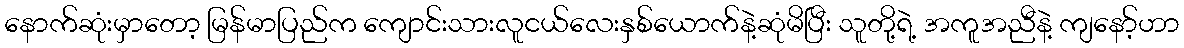
နောက်ဆုံးမှာတော့ မြန်မာပြည်က ကျောင်းသားလူငယ်လေးနှစ်ယောက်နဲ့ဆုံမိပြီး သူတို့ရဲ့ အကူအညီနဲ့ ကျနော့်ဟာ